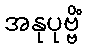
အနုပုဗ္ဗိံ